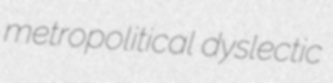
metropolitical dyslectic